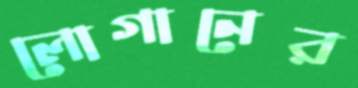
লোগানের